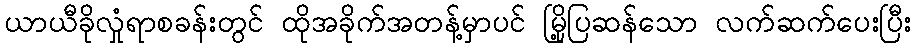
ယာယီခိုလှုံရာစခန်းတွင် ထိုအခိုက်အတန့်မှာပင် မြို့ပြဆန်သော လက်ဆက်ပေးပြီး